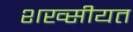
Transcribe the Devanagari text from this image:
शख्सीयत